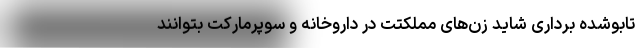
تابوشده برداری شاید زن‌های مملکتت در داروخانه و سوپرمارکت بتوانند